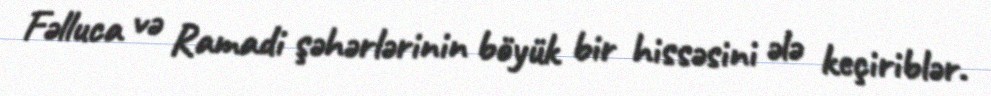
Fəlluca və Ramadi şəhərlərinin böyük bir hissəsini ələ keçiriblər.